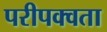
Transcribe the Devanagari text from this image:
परीपक्वता